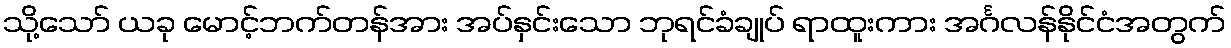
သို့သော် ယခု မောင့်ဘက်တန်အား အပ်နှင်းသော ဘုရင်ခံချုပ် ရာထူးကား အင်္ဂလန်နိုင်ငံအတွက်